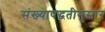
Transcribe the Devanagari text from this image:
संख्यापद्धतीनुसार